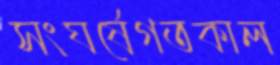
সংঘর্ষেগতকাল